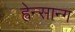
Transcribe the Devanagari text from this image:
ह्वेन्सान्ग